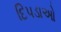
દિપડાઓ